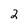
Character: 2